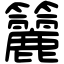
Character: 籭